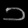
Digit: ၁